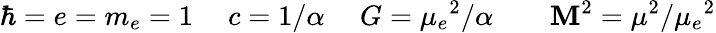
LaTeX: \hbar=e=m_{e}=1~~~~~c=1/\alpha~~~~~G=\mu_{e}{}^{2}/\alpha~~~~~~~~\mathbf{M}^{2}=\mu^{2}/\mu_{e}{}^{2}